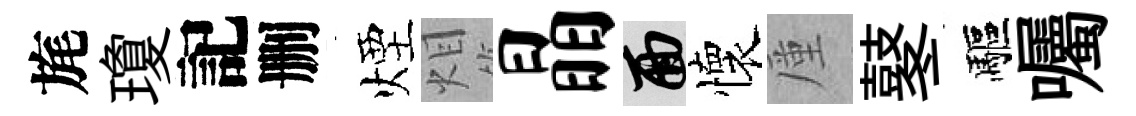
旄瓊記删煙𤇆晶面懷厪鼕驅囑